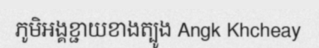
ភូមិអង្គខ្ជាយខាងត្បូង Angk Khcheay